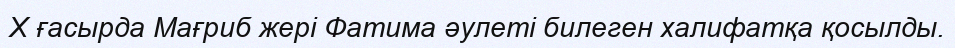
X ғасырда Мағриб жері Фатима әулеті билеген халифатқа қосылды.